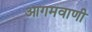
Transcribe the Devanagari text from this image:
आगमवाणी